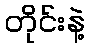
တိုင်းနဲ့